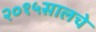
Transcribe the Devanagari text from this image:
२०१५सालचे